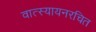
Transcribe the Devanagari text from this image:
वात्स्यायनरचित